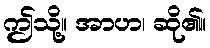
ဤသို့။ အာဟ၊ ဆို၏။